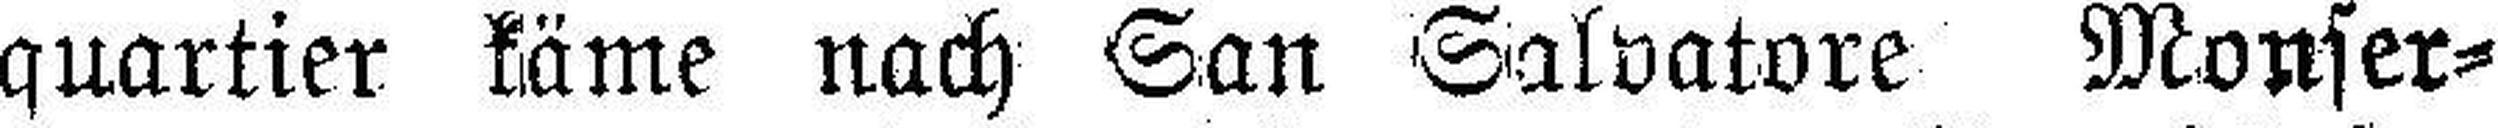
quartier käme nach San Salvatore Monser¬